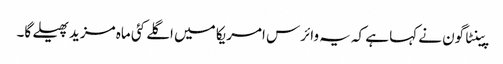
پینٹاگون نے کہا ہے کہ یہ وائرس امریکا میں اگلے کئی ماہ مزید پھیلے گا۔